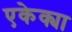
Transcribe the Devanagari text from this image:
एकेक्या